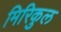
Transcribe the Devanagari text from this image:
मिरिकुल